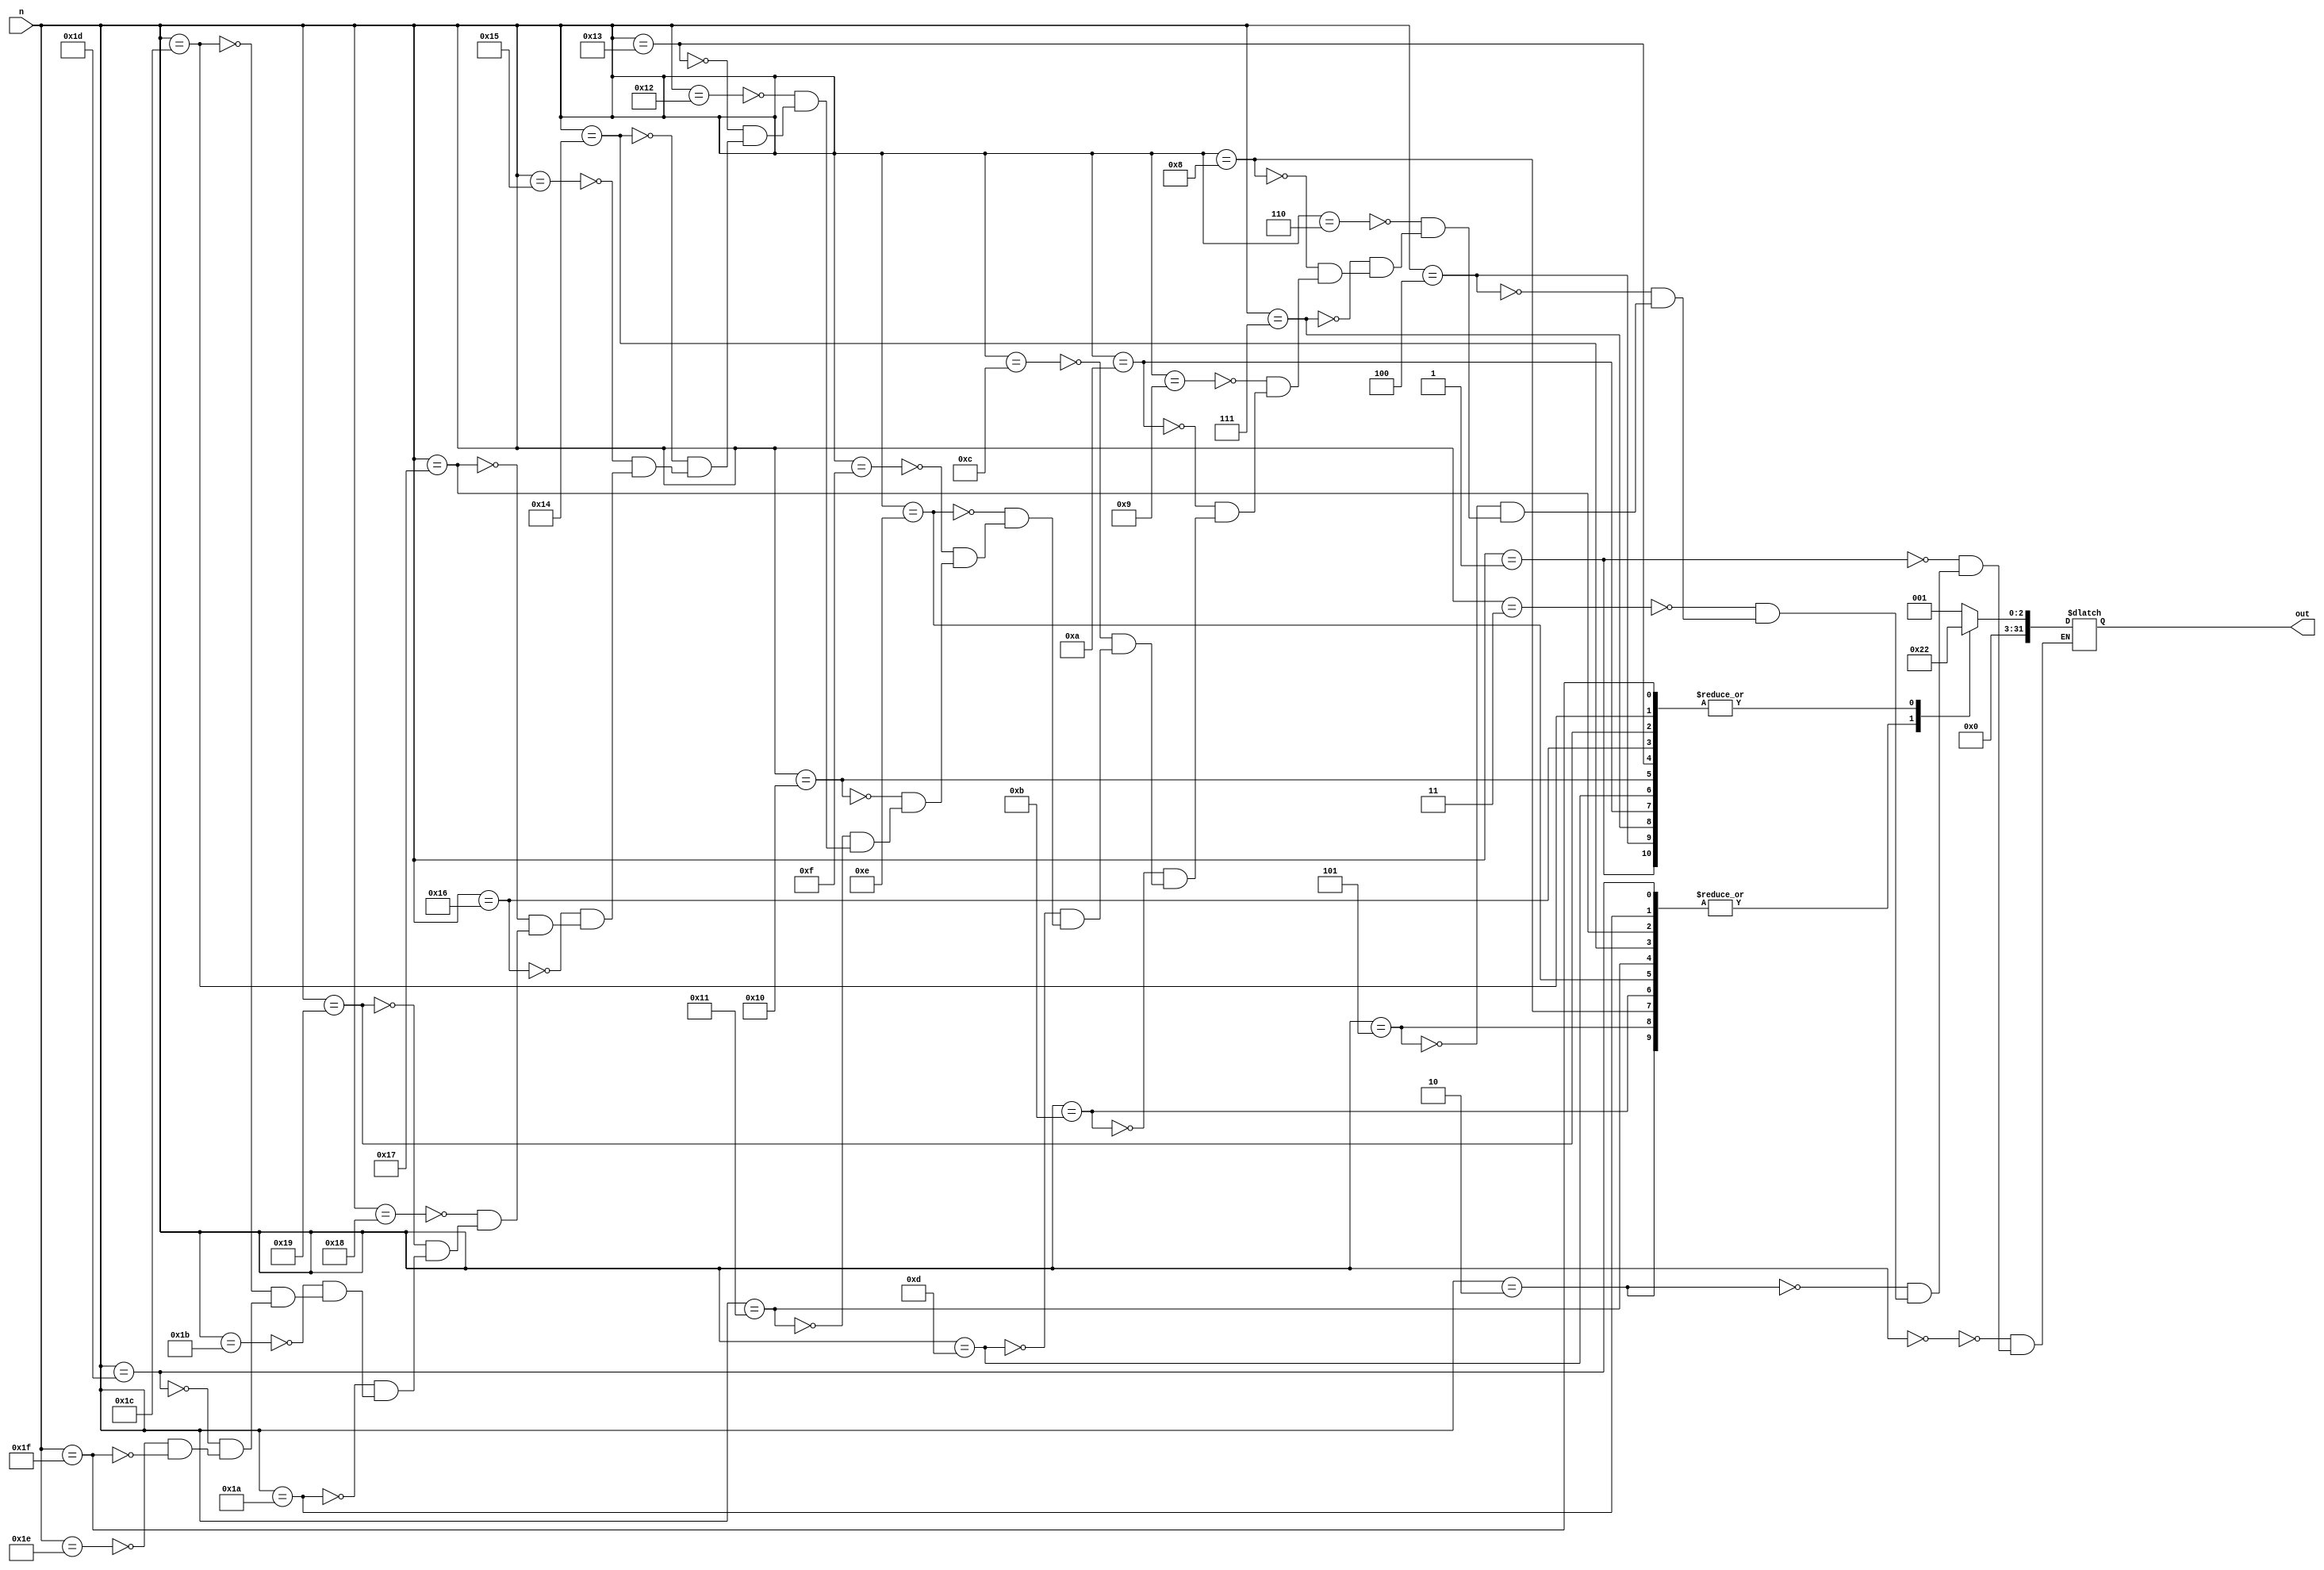
`timescale 1ns / 1ps
//////////////////////////////////////////////////////////////////////////////////
// Module Name: mod5_LUT: 
// Description: Look-up table for mod 7 values
//////////////////////////////////////////////////////////////////////////////////

module mod7_LUT(
    input [31:0] n,
    output reg [31:0] out
    );
    always @(*) begin
        case(n)
            32'd0: out = 32'd1;
            32'd1: out = 32'd2;
            32'd2: out = 32'd4;
            32'd3: out = 32'd1;
            32'd4: out = 32'd2;
            32'd5: out = 32'd4;
            32'd6: out = 32'd1;
            32'd7: out = 32'd2;
            32'd8: out = 32'd4;
            32'd9: out = 32'd1;
            32'd10: out = 32'd2;
            32'd11: out = 32'd4;
            32'd12: out = 32'd1;
            32'd13: out = 32'd2;
            32'd14: out = 32'd4;
            32'd15: out = 32'd1;
            32'd16: out = 32'd2;
            32'd17: out = 32'd4;
            32'd18: out = 32'd1;
            32'd19: out = 32'd2;
            32'd20: out = 32'd4;
            32'd21: out = 32'd1;
            32'd22: out = 32'd2;
            32'd23: out = 32'd4;
            32'd24: out = 32'd1;
            32'd25: out = 32'd2;
            32'd26: out = 32'd4;
            32'd27: out = 32'd1;
            32'd28: out = 32'd2;
            32'd29: out = 32'd4;
            32'd30: out = 32'd1;
            32'd31: out = 32'd2;
        endcase
    end
endmodule